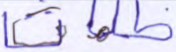
ظلمات